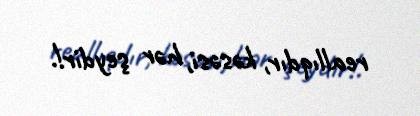
reallıqdır, kəsəsi, hər şeydir!.